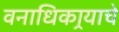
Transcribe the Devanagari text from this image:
वनाधिकार्‍याचे